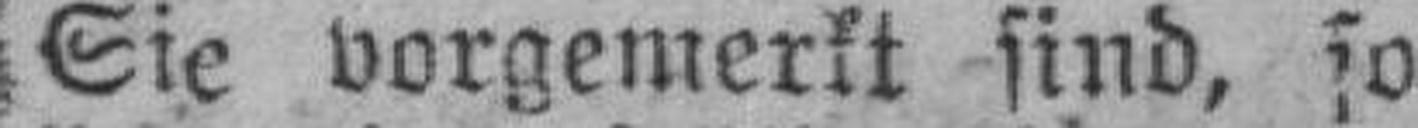
Sie vorgemerkt sind, so